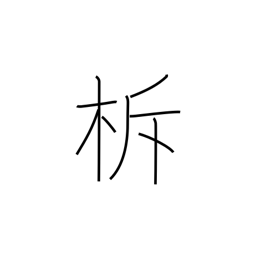
Meaning: sounding sticks